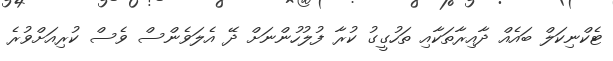
ޓެކްނިކަލް ބައެއް ދާއިރާތަކާއި ތަހުގީގު ކުރާ ފުލުހުންނަށް ދޭ އެލަވެންސް ވެސް ކުރިއަށްވުރެ